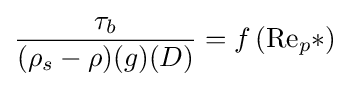
{\frac {\tau _{b}}{(\rho _{s}-\rho )(g)(D)}}=f\left(\mathrm {Re} _{p}*\right)